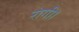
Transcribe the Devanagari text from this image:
रोगी।